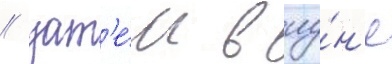
/ зат'е́м в иу́н'е